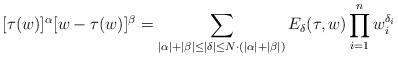
LaTeX: \begin{align*}[\tau(w)]^{\alpha}[w-\tau(w)]^{\beta}=\sum_{|\alpha|+|\beta|\le|\delta|\le N\cdot{(|\alpha|+|\beta|)}}E_\delta(\tau,w)\prod_{i=1}^{n}w_i^{\delta_i}\end{align*}